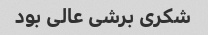
شکری برشی عالی بود